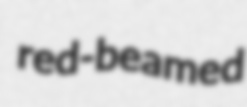
red-beamed